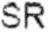
SR